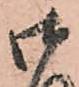
御